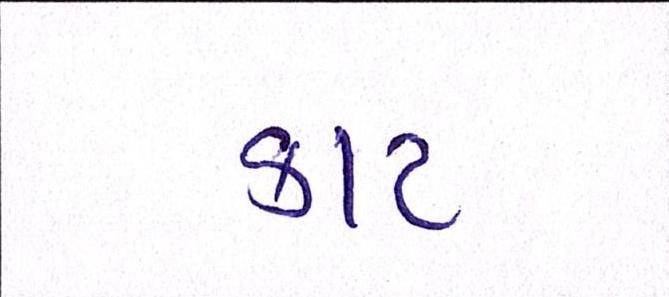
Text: કાટ